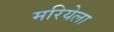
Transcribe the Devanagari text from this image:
मरियेला